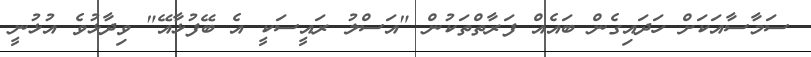
ސަމާސާއަކަށް ހަދައިގެން ބައެއް ފަރާތްތަކުން "އަސްލު ރައީސަކީ އެ ބޭފުޅާއޭ" ވިދާޅުވެ އުޅުނީ